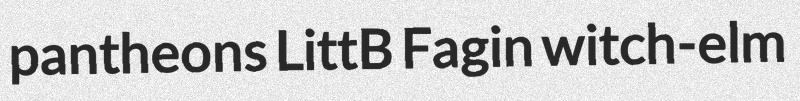
pantheons LittB Fagin witch-elm